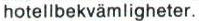
hotellbekvämligheter.